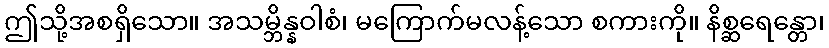
ဤသို့အစရှိသော။ အသမ္ဘိန္နဝါစံ၊ မကြောက်မလန့်သော စကားကို။ နိစ္ဆရေန္တော၊